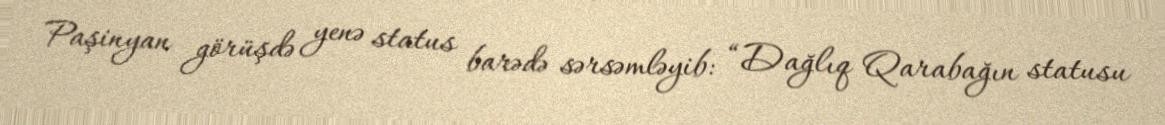
Paşinyan görüşdə yenə status barədə sərsəmləyib: “Dağlıq Qarabağın statusu